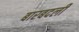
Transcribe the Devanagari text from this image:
बारबदली